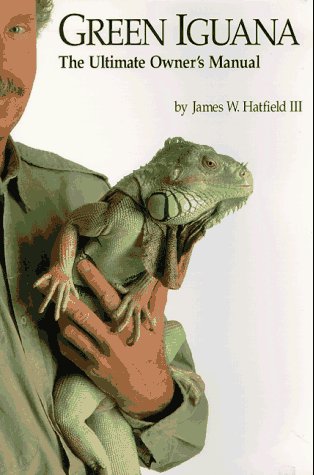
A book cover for Green Iguana: The Ultimate Owner's Manual; James W., III Hatfield; Crafts, Hobbies & Home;